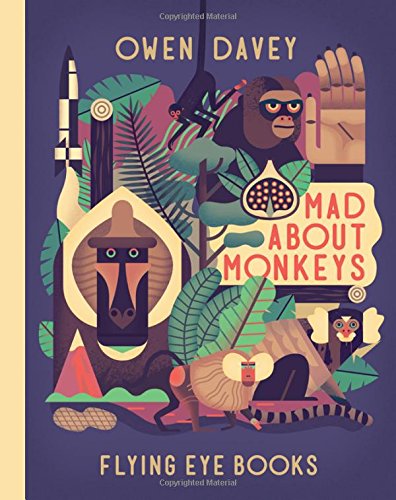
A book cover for Mad About Monkeys; Humor & Entertainment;